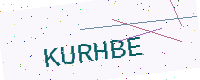
Text: KURHBE